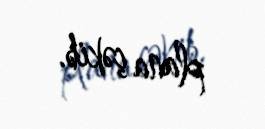
plana çəkib.